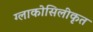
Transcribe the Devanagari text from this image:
ग्लाकोसिलीकृत